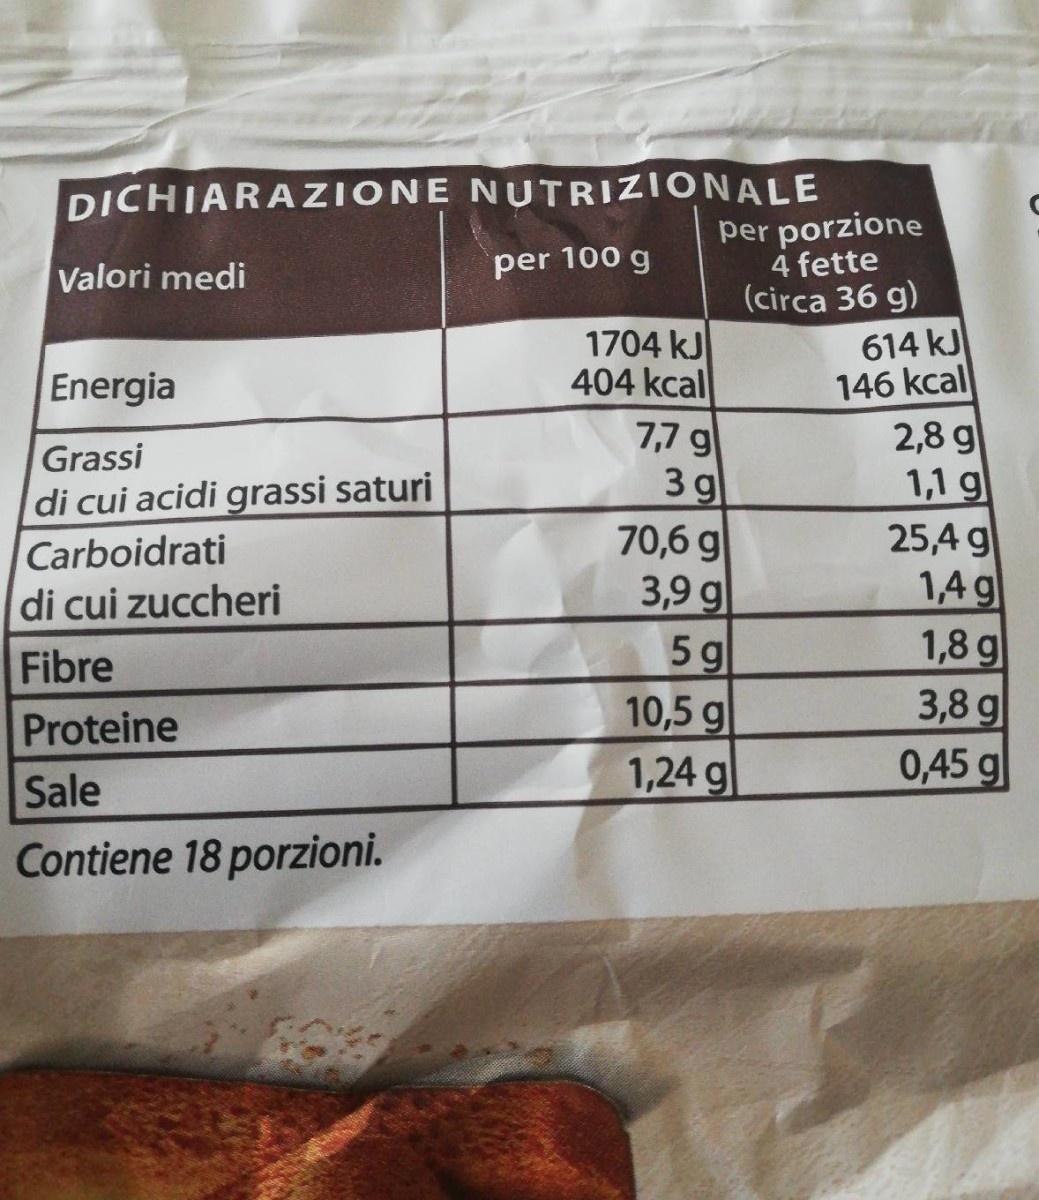
DICHIARAZIONE NUTRIZIONALE
per porzione 4 fette (circa 36 g)
Valori medi
per 100 g
1704 kJ 404 kcal 7,7 g 3 g 70,6 g 3,9 g 5 g
614 kJ 146 kcal 2,8 g 1,1 g 25,4 g 1,4 g 1,8 g 3,8 g
Energia
Grassi
di cui acidi grassi saturi Carboidrati di cui zuccheri
Fibre
10,5 g 1,24 g
Proteine
0,45 g
Sale
Contiene 18 porzioni.